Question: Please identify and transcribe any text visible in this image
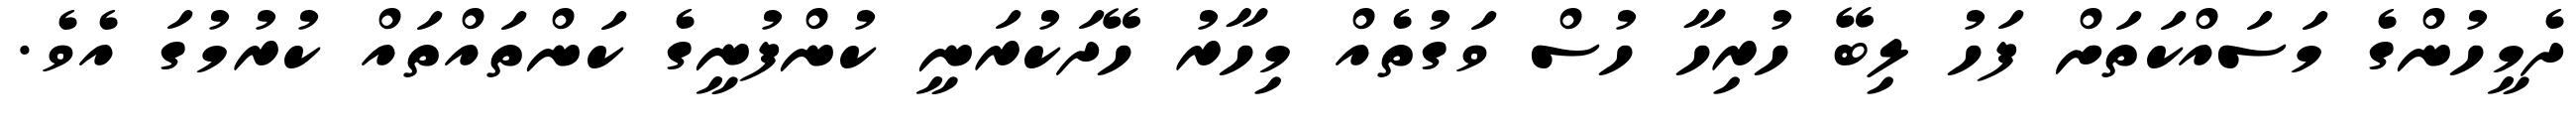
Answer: ދެމީހުންގެ މަސައްކަތަށް ފަހު ލިބޭ ހުރިހާ ހުސް ވަގުތެއް މިހާރު ހޭދަކުރަނީ ކުންފުނީގެ ކަންތައްތައް ކުރުމުގަ އެވެ.